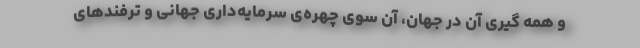
و همه گیری آن در جهان، آن سوی چهره‌ی سرمایه‌داری جهانی و ترفند‌های